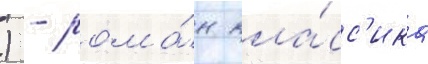
) - рома́н кла́сс'ика